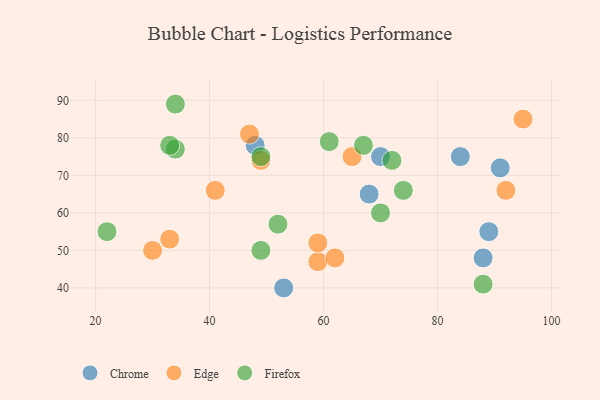
{"axis": {"x": "GDP", "y": "Life Expectancy"}, "legend": ["Chrome", "Edge", "Firefox"], "data": [{"x": "70", "y": 75, "type": "Chrome"}, {"x": "88", "y": 48, "type": "Chrome"}, {"x": "68", "y": 65, "type": "Chrome"}, {"x": "48", "y": 78, "type": "Chrome"}, {"x": "91", "y": 72, "type": "Chrome"}, {"x": "84", "y": 75, "type": "Chrome"}, {"x": "53", "y": 40, "type": "Chrome"}, {"x": "89", "y": 55, "type": "Chrome"}, {"x": "95", "y": 85, "type": "Edge"}, {"x": "41", "y": 66, "type": "Edge"}, {"x": "92", "y": 66, "type": "Edge"}, {"x": "30", "y": 50, "type": "Edge"}, {"x": "47", "y": 81, "type": "Edge"}, {"x": "59", "y": 47, "type": "Edge"}, {"x": "65", "y": 75, "type": "Edge"}, {"x": "49", "y": 74, "type": "Edge"}, {"x": "62", "y": 48, "type": "Edge"}, {"x": "33", "y": 53, "type": "Edge"}, {"x": "59", "y": 52, "type": "Edge"}, {"x": "34", "y": 77, "type": "Firefox"}, {"x": "52", "y": 57, "type": "Firefox"}, {"x": "70", "y": 60, "type": "Firefox"}, {"x": "22", "y": 55, "type": "Firefox"}, {"x": "33", "y": 78, "type": "Firefox"}, {"x": "67", "y": 78, "type": "Firefox"}, {"x": "74", "y": 66, "type": "Firefox"}, {"x": "88", "y": 41, "type": "Firefox"}, {"x": "49", "y": 50, "type": "Firefox"}, {"x": "49", "y": 75, "type": "Firefox"}, {"x": "61", "y": 79, "type": "Firefox"}, {"x": "34", "y": 89, "type": "Firefox"}, {"x": "72", "y": 74, "type": "Firefox"}]}